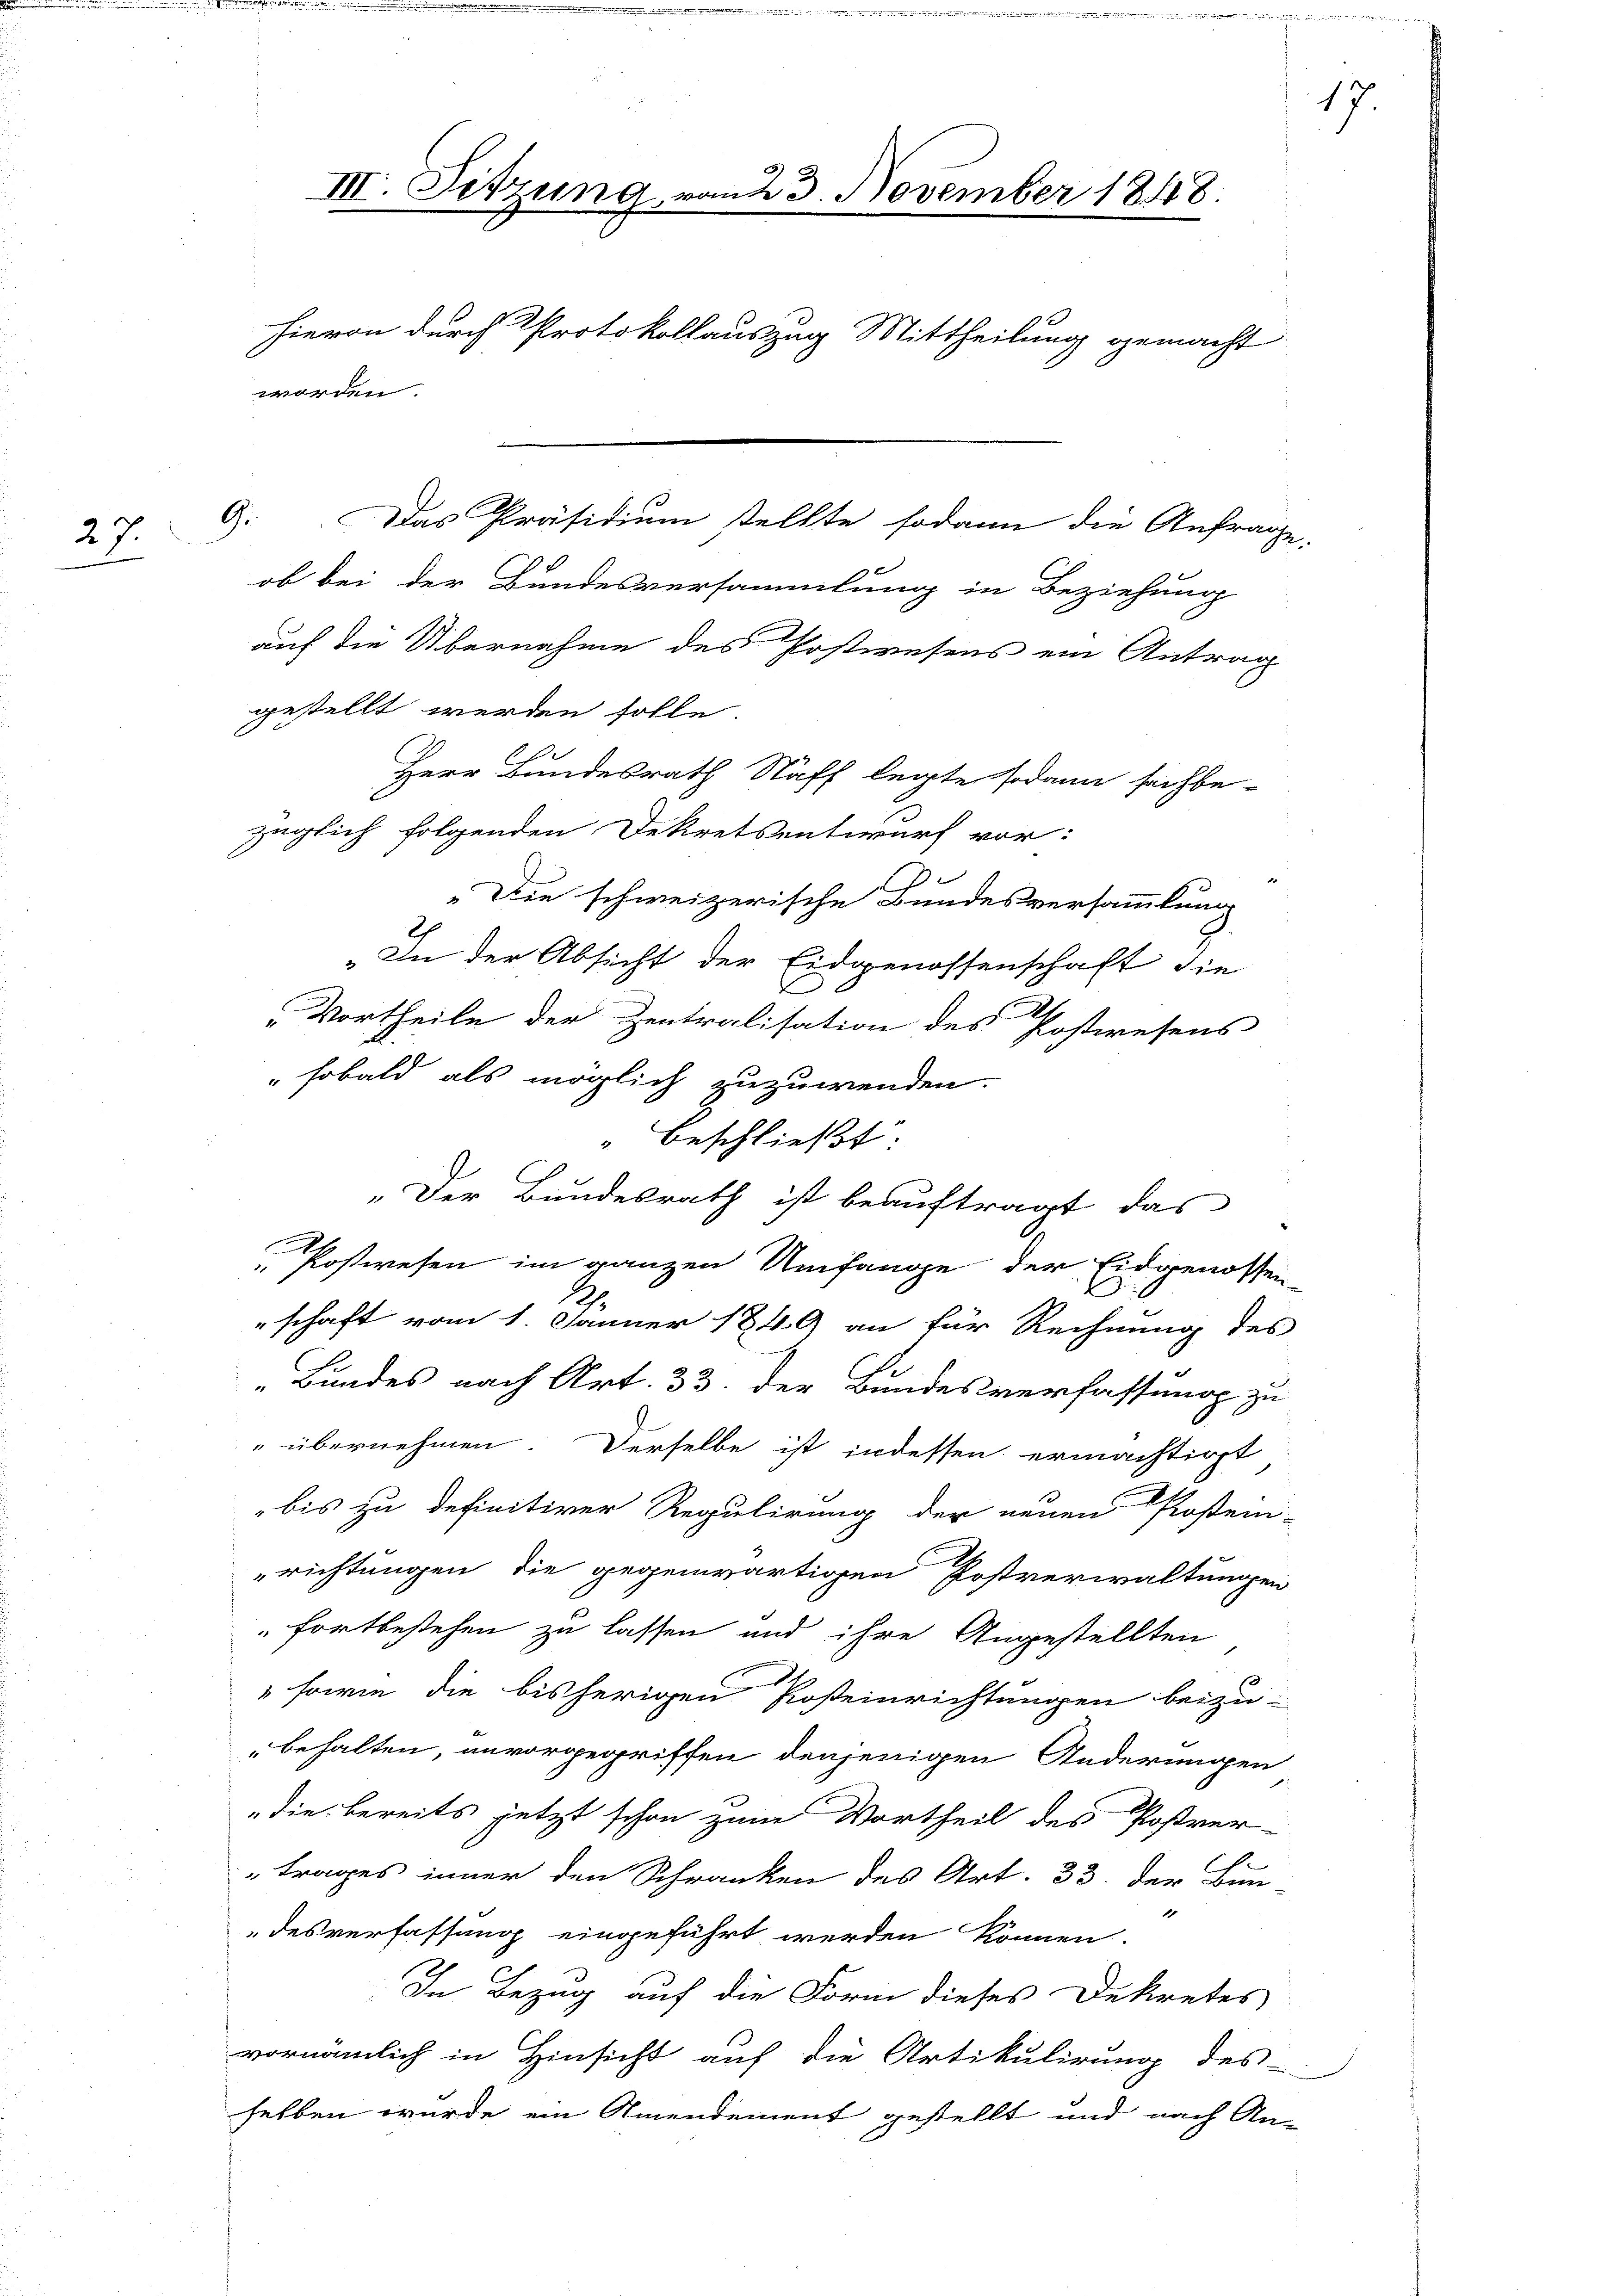
27.

III. Sitzung vom 23. November 1848.
hievon durch Protokollauszug Mittheilung gemacht
worden.

ob bei der Bundesversammlung in Beziehung
auf die Übernahme des Postwesens ein Antrag
gestellt werden solle.
Herr Bundesrath Näff legte sodann sachbe-
züglich folgenden Dekretsentwurf vor:
C
"Die schweizerische Bundesversammlung
„In der Absicht der Eidgenossenschaft die
Vortheile der Zentralisation des Postwesens
"sobald als möglich zuzuwenden.
" beschließt:
„Der Bundesrath ist beauftragt das
 Postwesen im ganzen Umfange der Eidgenossen-
Z
schaft vom 1. Jänner 1849 an für Rechnung des
"Bundes nach Art. 33. der Bundesverfassung zu
"übernehmen. Derselbe ist indessen ermächtigt
bis zu definitiver Regulirung der neuen Proseni-
u
richtungen die gegenwärtigen Postverwaltungen
fortbestehen zu lassen und ihre Angestellten
sowie die bisherigen Posteinrichtungen beizu-
behalten, anvorgegriffen denjenigen Änderungen
die bereits jetzt schon zum Vortheil des Postver-
C
trages inner den Schranken des Art. 33. der Bundesverfassung eingeführt werden können.
In Bezug auf die Form dieses Dekretes
vornämlich in Hinsicht auf die Artikulirung des
selben wurde ein Amendement gestellt und nach An-

G. Das Präsidium stellte sodann die Anfrage,

17.